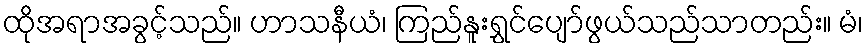
ထိုအရာအခွင့်သည်။ ဟာသနီယံ၊ ကြည်နူးရွှင်ပျော်ဖွယ်သည်သာတည်း။ မံ၊